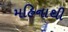
મહિનાથી